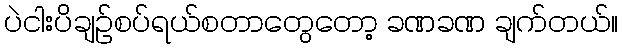
ပဲငါးပိချဉ်စပ်ရယ်စတာတွေတော့ ခဏခဏ ချက်တယ်။